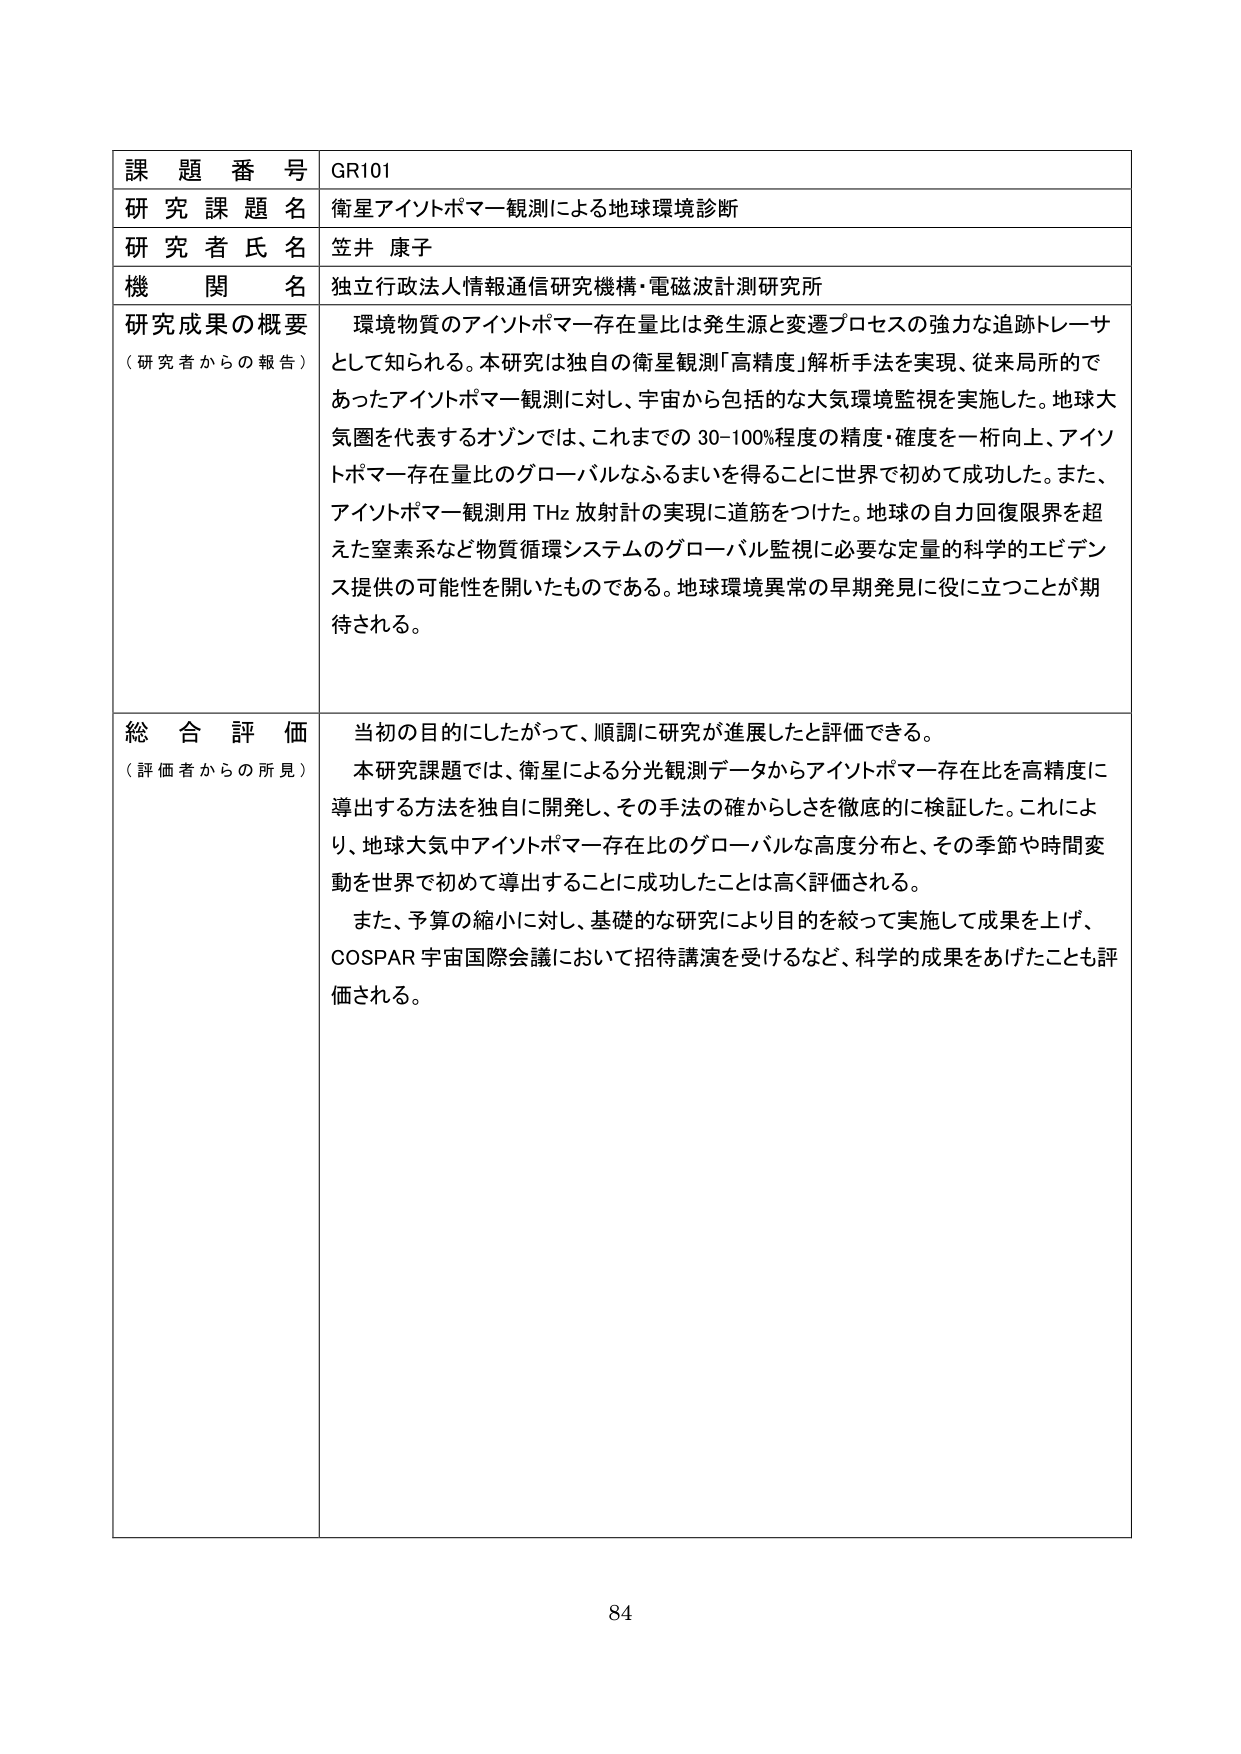
課題番号 GR101
研究課題名 衛星アイントポマー観測による地球環境診断
研究者氏名 笠井 康子
機関名 独立行政法人情報通信研究機構・電磁波計測研究所
研究成果の概要（研究者からの報告） 環境物質のアイントポマー存在量比は発生源と変遷プロセスの強力な追跡トレーサとして知られる。本研究は独自の衛星観測「高精度」解析手法を実現、従来局所的であったアイントポマー観測に対し、宇宙から包括的な大気環境監視を実施した。地球大気圏を代表するオゾンでは、これまでの30-100%程度の精度・確度を一桁向上、アイントポマー存在量比のグローバルなふるまいを得ることに世界で初めて成功した。また、アイントポマー観測用THz放射計の実現に道筋をつけた。地球の自力回復限界を超えた窒素系など物質循環システムのグローバル監視に必要な定量的科学的エビデンス提供の可能性を開いたものである。地球環境異常の早期発見に役に立つことが期待される。
総合評価（評価者からの所見） 当初の目的にしたがって、順調に研究が進展したと評価できる。
本研究課題では、衛星による分光観測データからアイントポマー存在比を高精度に導出する方法を独自に開発し、その手法の確かからしさを徹底的に検証した。これにより、地球大気中アイントポマー存在比のグローバルな高度分布と、その季節や時間変動を世界で初めて導出することに成功したことは高く評価される。
また、予算の縮小に対し、基礎的な研究により目的を絞って実施して成果を上げ、COSPAR宇宙国際会議において招待講演を受けるなど、科学的成果をあげたことも評価される。
84